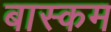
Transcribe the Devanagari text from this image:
बास्कम